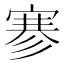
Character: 𰍐